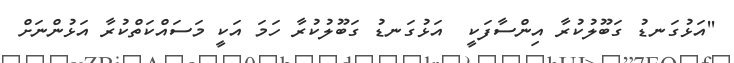
''އަޅުގަނޑު ގަބޫލުކުރާ އިންސާފަކީ  އަޅުގަނޑު ގަބޫލުކުރާ ހަމަ އަކީ މަސައްކަތްކުރާ އަޅުންނަށް